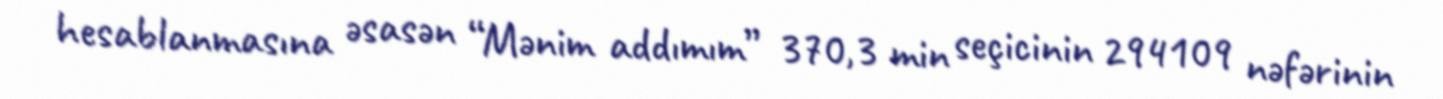
hesablanmasına əsasən “Mənim addımım” 370,3 min seçicinin 294109 nəfərinin